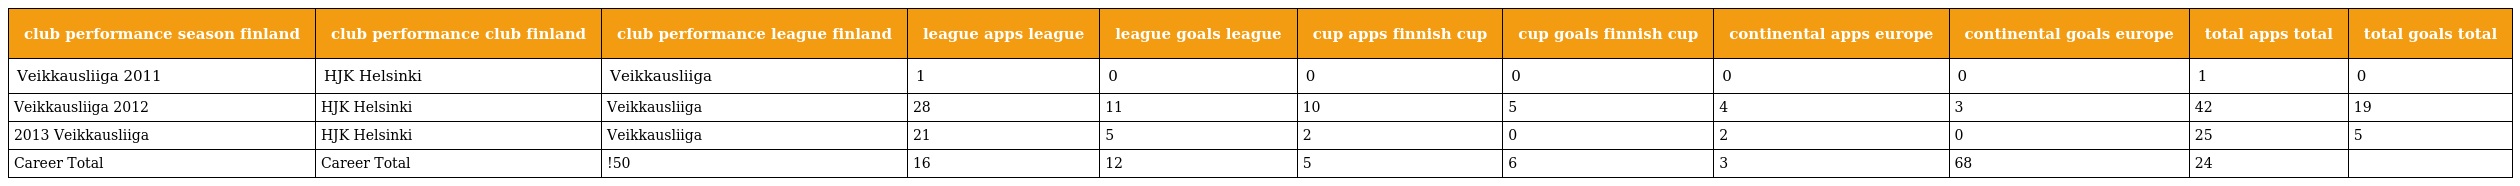
| club performance season finland | club performance club finland | club performance league finland | league apps league | league goals league | cup apps finnish cup | cup goals finnish cup | continental apps europe | continental goals europe | total apps total | total goals total |
 | --- | --- | --- | --- | --- | --- | --- | --- | --- | --- | --- |
 | Veikkausliiga 2011 | HJK Helsinki | Veikkausliiga | 1 | 0 | 0 | 0 | 0 | 0 | 1 | 0 |
 | Veikkausliiga 2012 | HJK Helsinki | Veikkausliiga | 28 | 11 | 10 | 5 | 4 | 3 | 42 | 19 |
 | 2013 Veikkausliiga | HJK Helsinki | Veikkausliiga | 21 | 5 | 2 | 0 | 2 | 0 | 25 | 5 |
 | Career Total | Career Total | !50 | 16 | 12 | 5 | 6 | 3 | 68 | 24 |  |